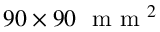
9 0 \times 9 0 ~ \mathrm { ~ m ~ m ~ } ^ { 2 }